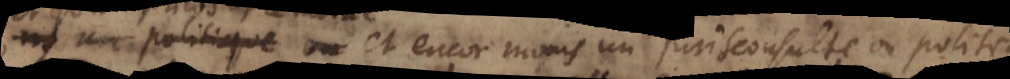
moral et encor moins un jurisconsulte ou politique